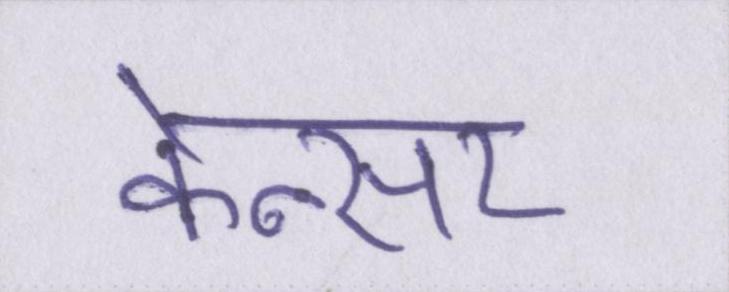
केन्सर